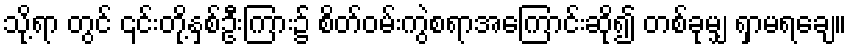
သို့ရာ တွင် ၎င်းတို့နှစ်ဦးကြား၌ စိတ်ဝမ်းကွဲစရာအကြောင်းဆို၍ တစ်ခုမျှ ရှာမရချေ။